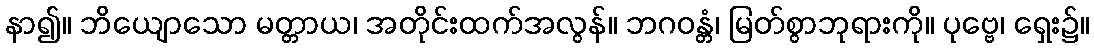
နာ၍။ ဘိယျောသော မတ္တာယ၊ အတိုင်းထက်အလွန်။ ဘဂဝန္တံ၊ မြတ်စွာဘုရားကို။ ပုဗ္ဗေ၊ ရှေး၌။